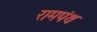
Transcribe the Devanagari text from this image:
रामपंथ